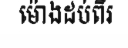
ម៉ោងដប់ពីរ